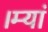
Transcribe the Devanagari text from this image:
।म्यां